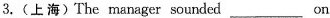
3.(上海)The manager sounded ___ on